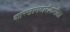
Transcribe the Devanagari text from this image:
कारखानदारीकरीता